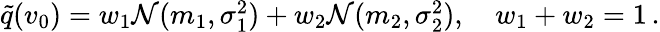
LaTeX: \begin{array}{r}{\tilde{q}(v_{0})=w_{1}{\mathcal N}(m_{1},\sigma_{1}^{2})+w_{2}{\mathcal N}(m_{2},\sigma_{2}^{2}),\quad w_{1}+w_{2}=1\, .}\end{array}